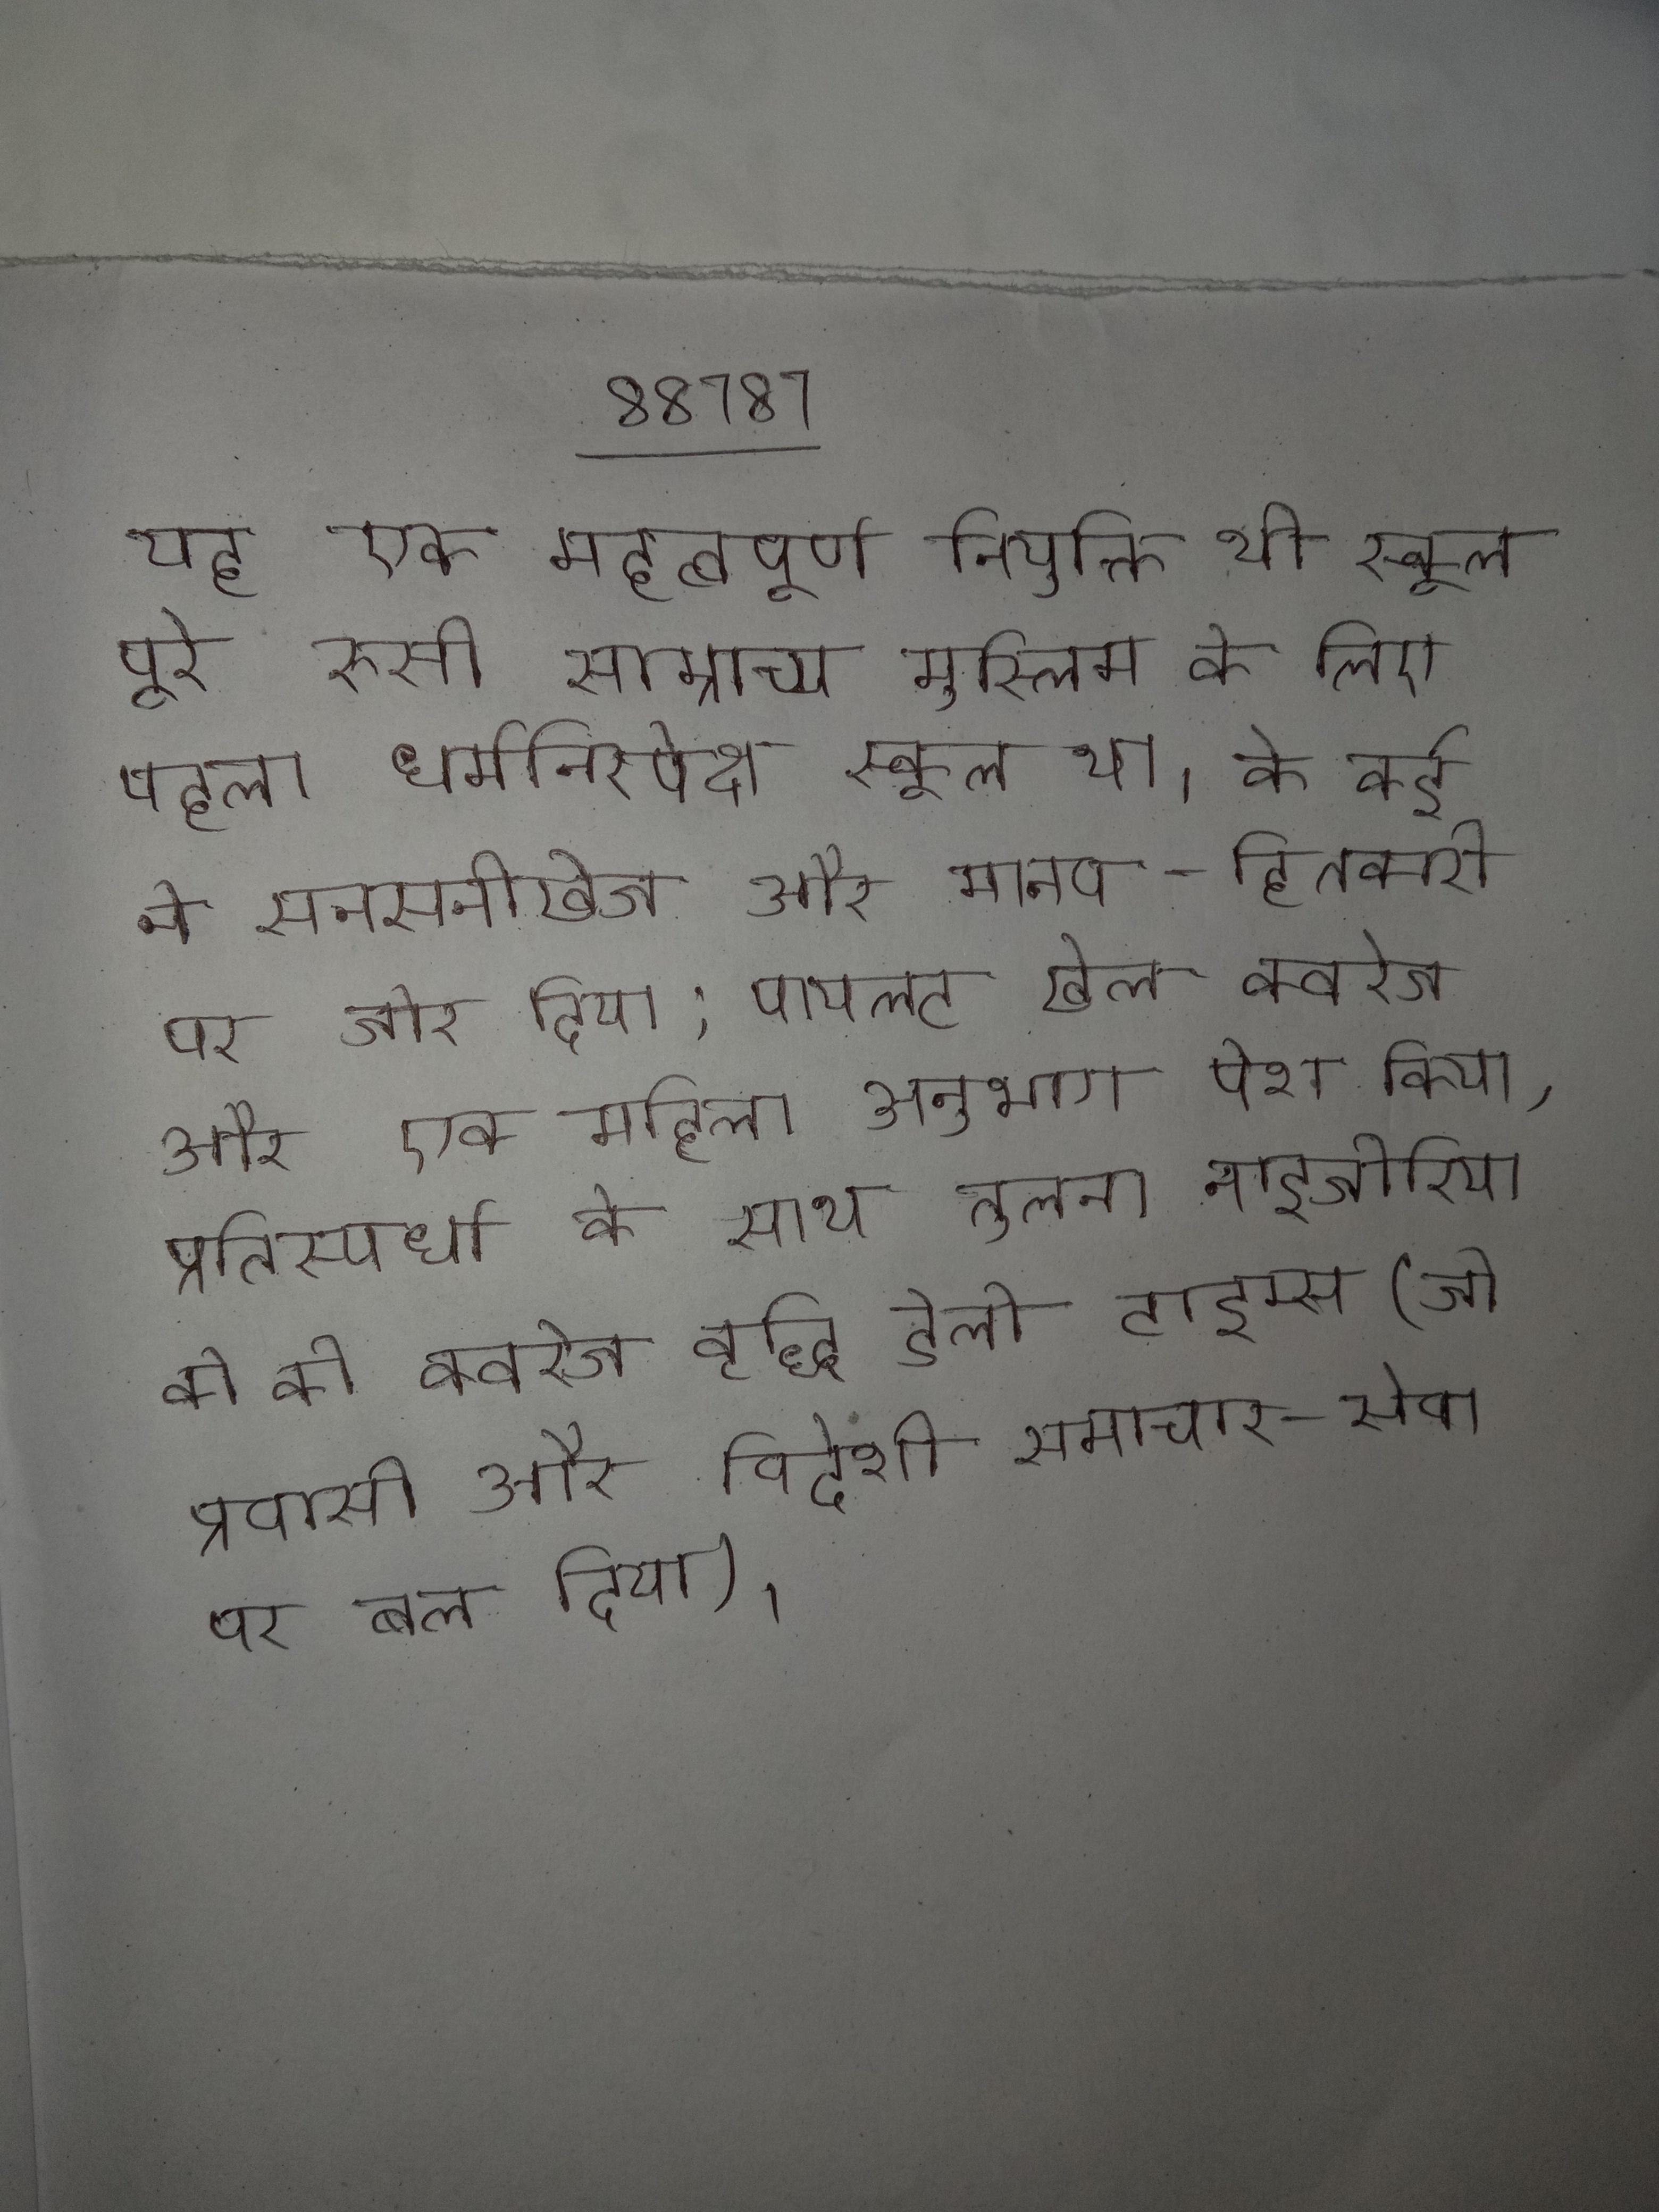
यह एक महत्वपूर्ण नियुक्ति थी स्कूल पूरे रूसी साम्राज्य मुस्लिम के लिए पहला धर्मनिरपेक्ष स्कूल था । के कई ने सनसनीखेज और मानव-हितकारी पर जोर दिया; पायलट खेल कवरेज और एक महिला अनुभाग पेश किया, प्रतिस्पर्धा के साथ तुलना नाइजीरिया की की कवरेज वृद्धि डेली टाइम्स (जो प्रवासी और विदेशी समाचार-सेवा पर बल दिया) ।